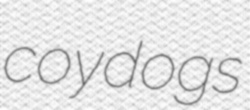
coydogs